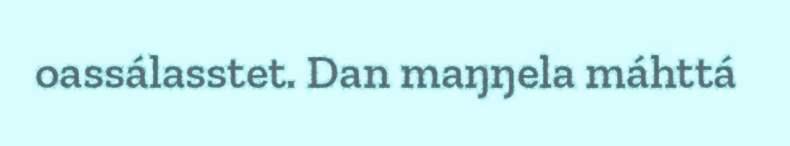
oassálasstet. Dan maŋŋela máhttá